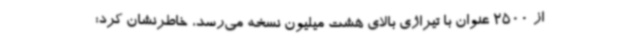
از 2500 عنوان با تیراژی بالای هشت میلیون نسخه می‌رسد، خاطرنشان کرد: